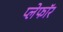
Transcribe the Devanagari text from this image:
प्लेफॉर